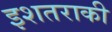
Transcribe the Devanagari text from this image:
इशतराकी